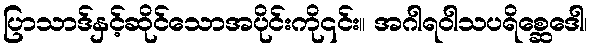
ပြာသာဒ်နှင့်ဆိုင်သောအပိုင်းကို၎င်း။ အဂါရဝါသပရိစ္ဆေဒေါ၊